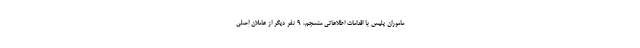
ماموران پلیس با اقدامات اطلاعاتی منسجم، ۹ نفر دیگر از عاملان اصلی